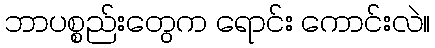
ဘာပစ္စည်းတွေက ရောင်း ကောင်းလဲ။